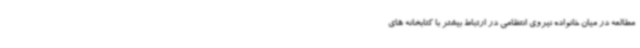
مطالعه در میان خانواده نیروی انتظامی در ارتباط بیشتر با کتابخانه های